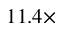
1 1 . 4 \times